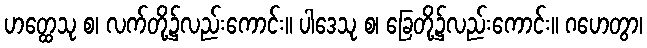
ဟတ္ထေသု စ၊ လက်တို့၌လည်းကောင်း။ ပါဒေသု စ၊ ခြေတို့၌လည်းကောင်း။ ဂဟေတွာ၊